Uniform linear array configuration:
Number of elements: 16
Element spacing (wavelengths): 0.75
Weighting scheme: hann
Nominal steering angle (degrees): -30
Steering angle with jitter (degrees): -30.794
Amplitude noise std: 0.05
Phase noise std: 0.05

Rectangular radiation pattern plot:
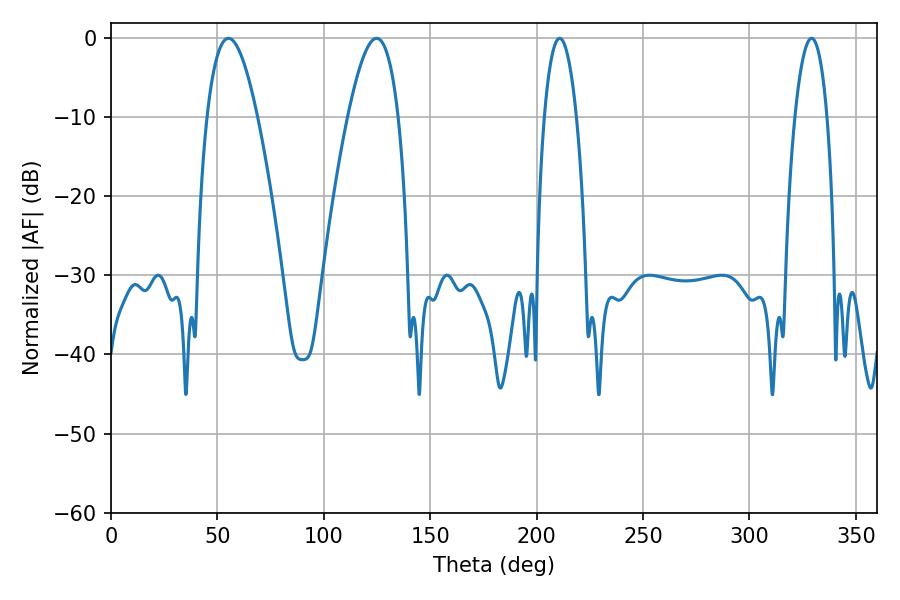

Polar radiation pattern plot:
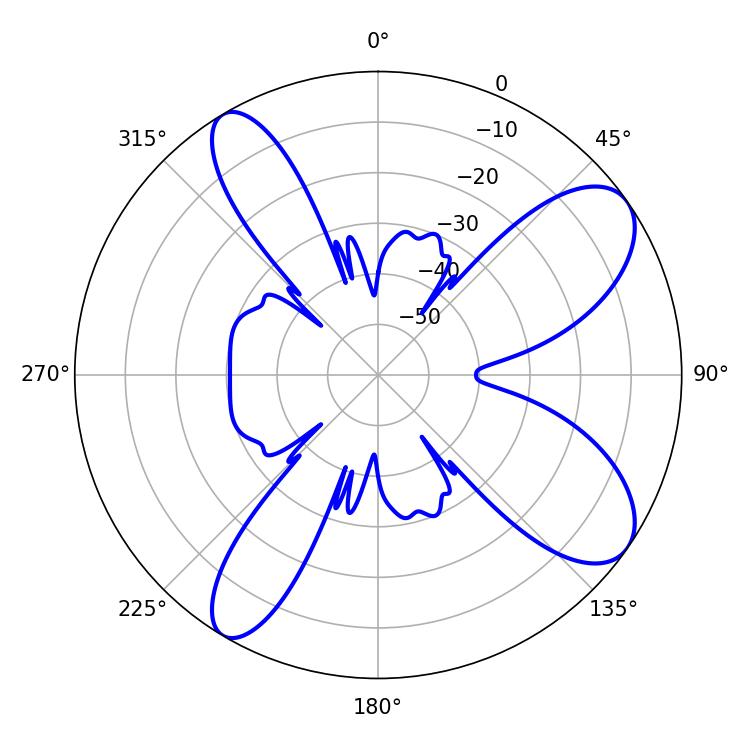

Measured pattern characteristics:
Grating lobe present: TRUE
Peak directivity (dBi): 9.188
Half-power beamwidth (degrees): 8.46
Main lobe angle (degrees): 210.78